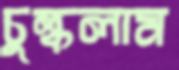
চুল্‌কলাম